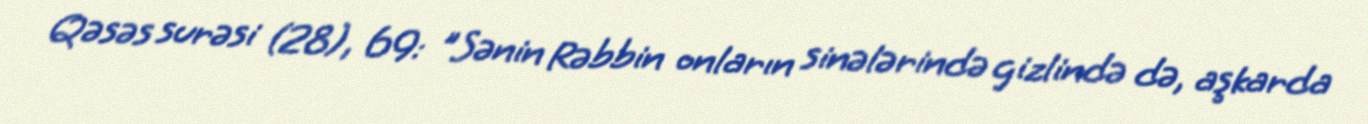
Qəsəs surəsi (28), 69: "Sənin Rəbbin onların sinələrində gizlində də, aşkarda